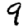
Digit: 9